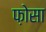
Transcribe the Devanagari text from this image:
फ़ोसा